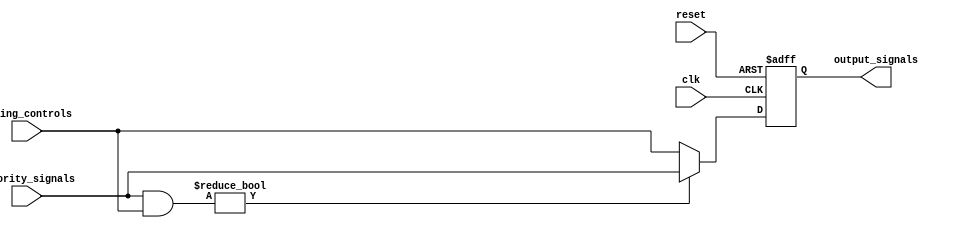
module priority_bypass_register (
    input clk,
    input reset,
    input [7:0] priority_signals,
    input [7:0] timing_controls,
    output reg [7:0] output_signals
);

always @(posedge clk or posedge reset) begin
    if (reset) begin
        output_signals <= 8'b0; // Reset output signals to zero
    end else begin
        if (priority_signals & timing_controls) begin
            output_signals <= priority_signals; // Pass through priority signals
        end else begin
            output_signals <= timing_controls; // Bypass lower priority signals
        end
    end
end

endmodule